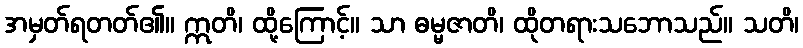
အမှတ်ရတတ်၏။ ဣတိ၊ ထို့ကြောင့်။ သာ ဓမ္မဇာတိ၊ ထိုတရားသဘောသည်။ သတိ၊